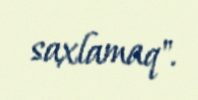
saxlamaq".